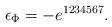
LaTeX: \begin{gather*}\epsilon_{\Phi} = -e^{1234567}.\end{gather*}